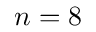
n = 8